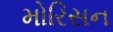
મોરિસન